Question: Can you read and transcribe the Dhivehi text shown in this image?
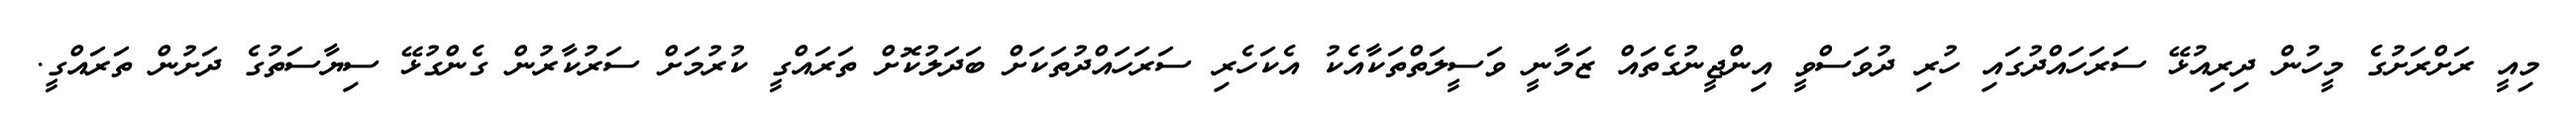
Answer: މިއީ ރަށްރަށުގެ މީހުން ދިރިއުޅޭ ސަރަހައްދުގައި ހުރި ދުވަސްވީ އިންޖީނުގެތައް ޒަމާނީ ވަސީލަތްތަކާއެކު އެކަހެރި ސަރަހައްދުތަކަށް ބަދަލުކޮށް ތަރައްގީ ކުރުމަށް ސަރުކާރުން ގެންގުޅޭ ސިޔާސަތުގެ ދަށުން ތަރައްގީ.